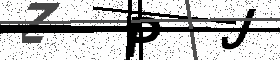
Text: ZPJ